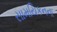
સામયિકનના